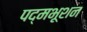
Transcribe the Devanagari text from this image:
पद्मभूशन